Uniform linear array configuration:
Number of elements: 16
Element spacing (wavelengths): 0.5
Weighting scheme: blackman
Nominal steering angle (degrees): -15
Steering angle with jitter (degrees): -15.884
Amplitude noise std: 0.05
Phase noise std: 0.05

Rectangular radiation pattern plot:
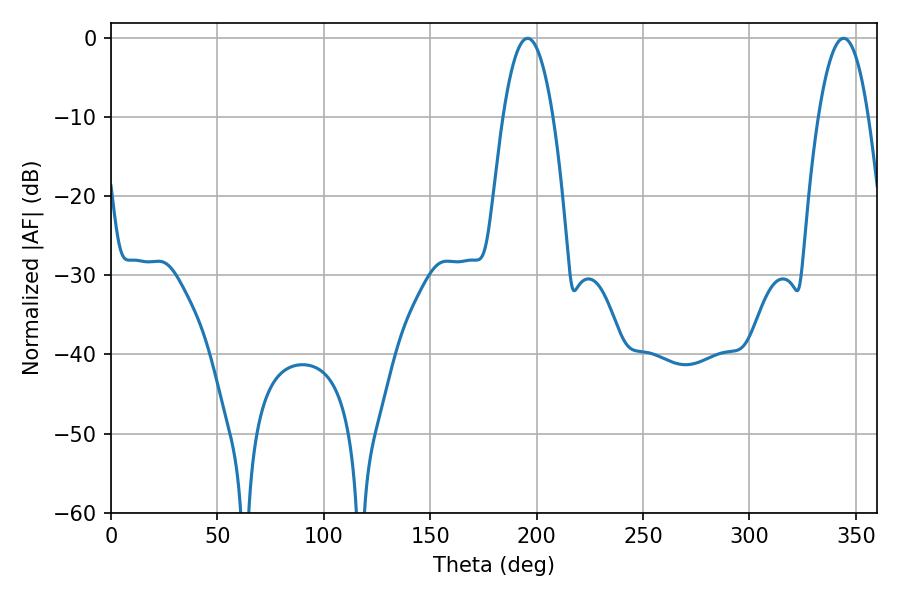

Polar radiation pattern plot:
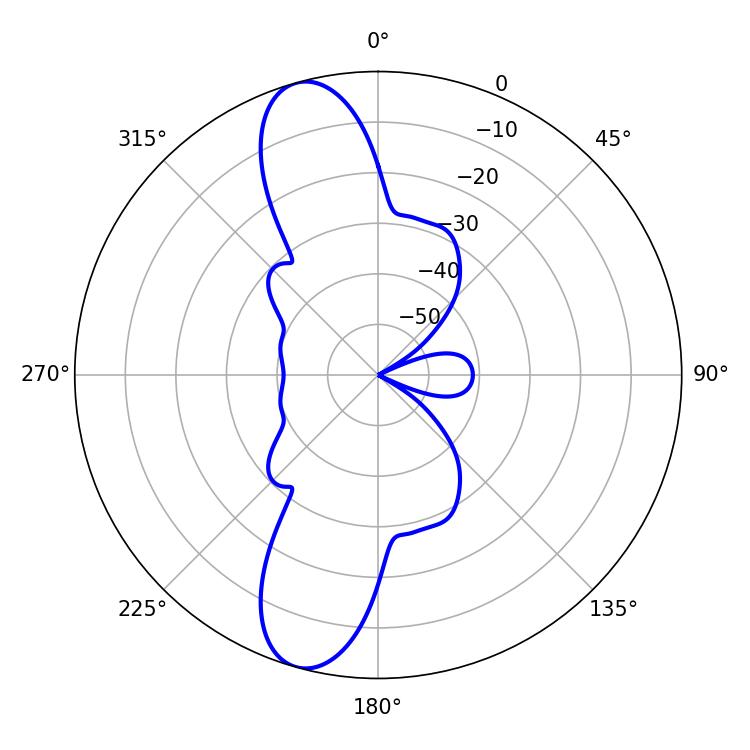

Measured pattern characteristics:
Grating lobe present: FALSE
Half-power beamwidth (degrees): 12.96
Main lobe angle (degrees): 195.66